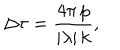
\Delta \tau = \frac { 4 \pi \, p } { | \lambda | \, k } ,